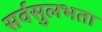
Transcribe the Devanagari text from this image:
सर्वसुलभता